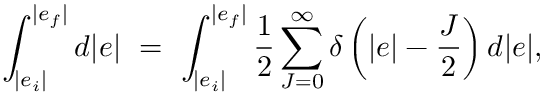
\int _ { | e _ { i } | } ^ { | e _ { f } | } d | e | ~ = ~ \int _ { | e _ { i } | } ^ { | e _ { f } | } \frac { 1 } { 2 } \sum _ { J = 0 } ^ { \infty } \delta \left( | e | - \frac { J } { 2 } \right) d | e | ,